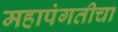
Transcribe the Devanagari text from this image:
महापंगतीचा